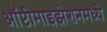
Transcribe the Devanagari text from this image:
ऑप्टीमाइझेशनमध्ये